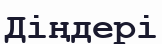
Діңдері